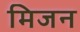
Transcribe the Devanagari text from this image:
मिजन